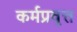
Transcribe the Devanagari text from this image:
कर्मप्रवृत्त